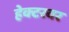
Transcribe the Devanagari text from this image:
हेक्टरवर